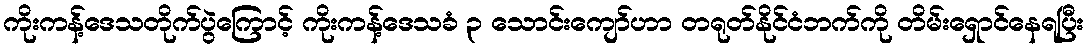
ကိုးကန့်ဒေသတိုက်ပွဲကြောင့် ကိုးကန့်ဒေသခံ ၃ သောင်းကျော်ဟာ တရုတ်နိုင်ငံဘက်ကို တိမ်းရှောင်နေရပြီး